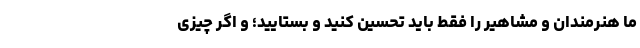
ما هنرمندان و مشاهیر را فقط باید تحسین کنید و بستایید؛ و اگر چیزی